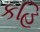
કહિ